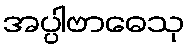
အပ္ပါဗာဓေသု